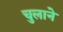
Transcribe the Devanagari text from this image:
चुलाने